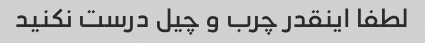
لطفا اینقدر چرب و چیل درست نکنید